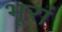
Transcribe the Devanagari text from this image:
भूरां